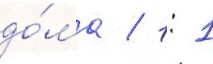
до́ма / 1: 1